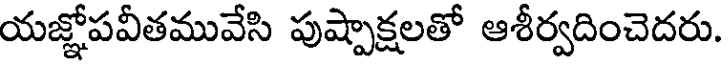
యజ్ఞోపవీతమువేసి పుష్పాక్షలతో ఆశీర్వదించెదరు.